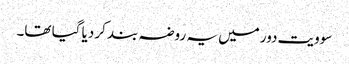
سوویت دور میں یہ روضہ بند کر دیا گیا تھا۔